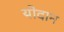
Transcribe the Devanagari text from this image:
योदान